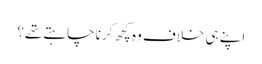
اپنے ہی خلاف وہ کچھ کرنا چاہتے تھے؟